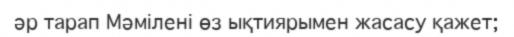
әр тарап Мәмілені өз ықтиярымен жасасу қажет;